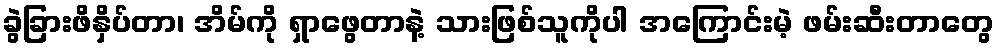
ခွဲခြားဖိနှိပ်တာ၊ အိမ်ကို ရှာဖွေတာနဲ့ သားဖြစ်သူကိုပါ အကြောင်းမဲ့ ဖမ်းဆီးတာတွေ